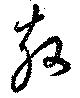
敖